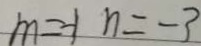
m = - 1 n = - 3